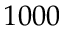
1 0 0 0